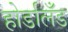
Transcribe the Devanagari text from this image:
होर्डालँड